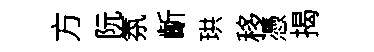
方阮氛齗珙移憑揭